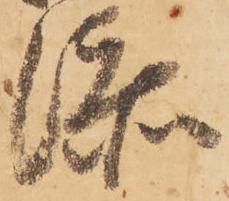
添